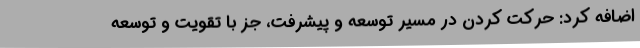
اضافه کرد: حرکت کردن در مسیر توسعه و پیشرفت، جز با تقویت و توسعه